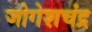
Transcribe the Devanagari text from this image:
जोगेशचंद्र